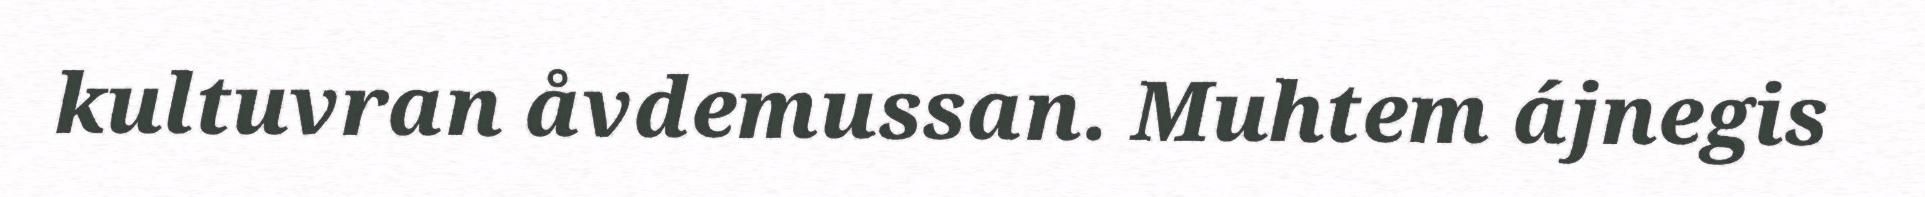
kultuvran åvdemussan. Muhtem ájnegis